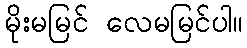
မိုးမမြင် လေမမြင်ပါ။